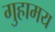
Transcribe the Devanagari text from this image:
गुहामय